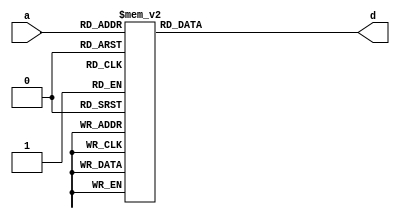
`timescale 1ns / 1ps
//////////////////////////////////////////////////////////////////////////////////
// Company: 
// Engineer: 
// 
// Design Name: 
// Module Name:    invsbox 
// Project Name: 
// Target Devices: 
// Tool versions: 
// Description: inverse sbox module
//
// Dependencies: 
//
// Revision: 
// Revision 0.01 - File Created
// Additional Comments: 
//
//////////////////////////////////////////////////////////////////////////////////
module invsbox(a,d);
input	[7:0]	a;
output	[7:0]	d;
reg	[7:0]	d;

always @(a)
	case(a)		// synopsys full_case parallel_case
	   8'h00: d=8'h52;
	   8'h01: d=8'h09;
	   8'h02: d=8'h6a;
	   8'h03: d=8'hd5;
	   8'h04: d=8'h30;
	   8'h05: d=8'h36;
	   8'h06: d=8'ha5;
	   8'h07: d=8'h38;
	   8'h08: d=8'hbf;
	   8'h09: d=8'h40;
	   8'h0a: d=8'ha3;
	   8'h0b: d=8'h9e;
	   8'h0c: d=8'h81;
	   8'h0d: d=8'hf3;
	   8'h0e: d=8'hd7;
	   8'h0f: d=8'hfb;
	   8'h10: d=8'h7c;
	   8'h11: d=8'he3;
	   8'h12: d=8'h39;
	   8'h13: d=8'h82;
	   8'h14: d=8'h9b;
	   8'h15: d=8'h2f;
	   8'h16: d=8'hff;
	   8'h17: d=8'h87;
	   8'h18: d=8'h34;
	   8'h19: d=8'h8e;
	   8'h1a: d=8'h43;
	   8'h1b: d=8'h44;
	   8'h1c: d=8'hc4;
	   8'h1d: d=8'hde;
	   8'h1e: d=8'he9;
	   8'h1f: d=8'hcb;
	   8'h20: d=8'h54;
	   8'h21: d=8'h7b;
	   8'h22: d=8'h94;
	   8'h23: d=8'h32;
	   8'h24: d=8'ha6;
	   8'h25: d=8'hc2;
	   8'h26: d=8'h23;
	   8'h27: d=8'h3d;
	   8'h28: d=8'hee;
	   8'h29: d=8'h4c;
	   8'h2a: d=8'h95;
	   8'h2b: d=8'h0b;
	   8'h2c: d=8'h42;
	   8'h2d: d=8'hfa;
	   8'h2e: d=8'hc3;
	   8'h2f: d=8'h4e;
	   8'h30: d=8'h08;
	   8'h31: d=8'h2e;
	   8'h32: d=8'ha1;
	   8'h33: d=8'h66;
	   8'h34: d=8'h28;
	   8'h35: d=8'hd9;
	   8'h36: d=8'h24;
	   8'h37: d=8'hb2;
	   8'h38: d=8'h76;
	   8'h39: d=8'h5b;
	   8'h3a: d=8'ha2;
	   8'h3b: d=8'h49;
	   8'h3c: d=8'h6d;
	   8'h3d: d=8'h8b;
	   8'h3e: d=8'hd1;
	   8'h3f: d=8'h25;
	   8'h40: d=8'h72;
	   8'h41: d=8'hf8;
	   8'h42: d=8'hf6;
	   8'h43: d=8'h64;
	   8'h44: d=8'h86;
	   8'h45: d=8'h68;
	   8'h46: d=8'h98;
	   8'h47: d=8'h16;
	   8'h48: d=8'hd4;
	   8'h49: d=8'ha4;
	   8'h4a: d=8'h5c;
	   8'h4b: d=8'hcc;
	   8'h4c: d=8'h5d;
	   8'h4d: d=8'h65;
	   8'h4e: d=8'hb6;
	   8'h4f: d=8'h92;
	   8'h50: d=8'h6c;
	   8'h51: d=8'h70;
	   8'h52: d=8'h48;
	   8'h53: d=8'h50;
	   8'h54: d=8'hfd;
	   8'h55: d=8'hed;
	   8'h56: d=8'hb9;
	   8'h57: d=8'hda;
	   8'h58: d=8'h5e;
	   8'h59: d=8'h15;
	   8'h5a: d=8'h46;
	   8'h5b: d=8'h57;
	   8'h5c: d=8'ha7;
	   8'h5d: d=8'h8d;
	   8'h5e: d=8'h9d;
	   8'h5f: d=8'h84;
	   8'h60: d=8'h90;
	   8'h61: d=8'hd8;
	   8'h62: d=8'hab;
	   8'h63: d=8'h00;
	   8'h64: d=8'h8c;
	   8'h65: d=8'hbc;
	   8'h66: d=8'hd3;
	   8'h67: d=8'h0a;
	   8'h68: d=8'hf7;
	   8'h69: d=8'he4;
	   8'h6a: d=8'h58;
	   8'h6b: d=8'h05;
	   8'h6c: d=8'hb8;
	   8'h6d: d=8'hb3;
	   8'h6e: d=8'h45;
	   8'h6f: d=8'h06;
	   8'h70: d=8'hd0;
	   8'h71: d=8'h2c;
	   8'h72: d=8'h1e;
	   8'h73: d=8'h8f;
	   8'h74: d=8'hca;
	   8'h75: d=8'h3f;
	   8'h76: d=8'h0f;
	   8'h77: d=8'h02;
	   8'h78: d=8'hc1;
	   8'h79: d=8'haf;
	   8'h7a: d=8'hbd;
	   8'h7b: d=8'h03;
	   8'h7c: d=8'h01;
	   8'h7d: d=8'h13;
	   8'h7e: d=8'h8a;
	   8'h7f: d=8'h6b;
	   8'h80: d=8'h3a;
	   8'h81: d=8'h91;
	   8'h82: d=8'h11;
	   8'h83: d=8'h41;
	   8'h84: d=8'h4f;
	   8'h85: d=8'h67;
	   8'h86: d=8'hdc;
	   8'h87: d=8'hea;
	   8'h88: d=8'h97;
	   8'h89: d=8'hf2;
	   8'h8a: d=8'hcf;
	   8'h8b: d=8'hce;
	   8'h8c: d=8'hf0;
	   8'h8d: d=8'hb4;
	   8'h8e: d=8'he6;
	   8'h8f: d=8'h73;
	   8'h90: d=8'h96;
	   8'h91: d=8'hac;
	   8'h92: d=8'h74;
	   8'h93: d=8'h22;
	   8'h94: d=8'he7;
	   8'h95: d=8'had;
	   8'h96: d=8'h35;
	   8'h97: d=8'h85;
	   8'h98: d=8'he2;
	   8'h99: d=8'hf9;
	   8'h9a: d=8'h37;
	   8'h9b: d=8'he8;
	   8'h9c: d=8'h1c;
	   8'h9d: d=8'h75;
	   8'h9e: d=8'hdf;
	   8'h9f: d=8'h6e;
	   8'ha0: d=8'h47;
	   8'ha1: d=8'hf1;
	   8'ha2: d=8'h1a;
	   8'ha3: d=8'h71;
	   8'ha4: d=8'h1d;
	   8'ha5: d=8'h29;
	   8'ha6: d=8'hc5;
	   8'ha7: d=8'h89;
	   8'ha8: d=8'h6f;
	   8'ha9: d=8'hb7;
	   8'haa: d=8'h62;
	   8'hab: d=8'h0e;
	   8'hac: d=8'haa;
	   8'had: d=8'h18;
	   8'hae: d=8'hbe;
	   8'haf: d=8'h1b;
	   8'hb0: d=8'hfc;
	   8'hb1: d=8'h56;
	   8'hb2: d=8'h3e;
	   8'hb3: d=8'h4b;
	   8'hb4: d=8'hc6;
	   8'hb5: d=8'hd2;
	   8'hb6: d=8'h79;
	   8'hb7: d=8'h20;
	   8'hb8: d=8'h9a;
	   8'hb9: d=8'hdb;
	   8'hba: d=8'hc0;
	   8'hbb: d=8'hfe;
	   8'hbc: d=8'h78;
	   8'hbd: d=8'hcd;
	   8'hbe: d=8'h5a;
	   8'hbf: d=8'hf4;
	   8'hc0: d=8'h1f;
	   8'hc1: d=8'hdd;
	   8'hc2: d=8'ha8;
	   8'hc3: d=8'h33;
	   8'hc4: d=8'h88;
	   8'hc5: d=8'h07;
	   8'hc6: d=8'hc7;
	   8'hc7: d=8'h31;
	   8'hc8: d=8'hb1;
	   8'hc9: d=8'h12;
	   8'hca: d=8'h10;
	   8'hcb: d=8'h59;
	   8'hcc: d=8'h27;
	   8'hcd: d=8'h80;
	   8'hce: d=8'hec;
	   8'hcf: d=8'h5f;
	   8'hd0: d=8'h60;
	   8'hd1: d=8'h51;
	   8'hd2: d=8'h7f;
	   8'hd3: d=8'ha9;
	   8'hd4: d=8'h19;
	   8'hd5: d=8'hb5;
	   8'hd6: d=8'h4a;
	   8'hd7: d=8'h0d;
	   8'hd8: d=8'h2d;
	   8'hd9: d=8'he5;
	   8'hda: d=8'h7a;
	   8'hdb: d=8'h9f;
	   8'hdc: d=8'h93;
	   8'hdd: d=8'hc9;
	   8'hde: d=8'h9c;
	   8'hdf: d=8'hef;
	   8'he0: d=8'ha0;
	   8'he1: d=8'he0;
	   8'he2: d=8'h3b;
	   8'he3: d=8'h4d;
	   8'he4: d=8'hae;
	   8'he5: d=8'h2a;
	   8'he6: d=8'hf5;
	   8'he7: d=8'hb0;
	   8'he8: d=8'hc8;
	   8'he9: d=8'heb;
	   8'hea: d=8'hbb;
	   8'heb: d=8'h3c;
	   8'hec: d=8'h83;
	   8'hed: d=8'h53;
	   8'hee: d=8'h99;
	   8'hef: d=8'h61;
	   8'hf0: d=8'h17;
	   8'hf1: d=8'h2b;
	   8'hf2: d=8'h04;
	   8'hf3: d=8'h7e;
	   8'hf4: d=8'hba;
	   8'hf5: d=8'h77;
	   8'hf6: d=8'hd6;
	   8'hf7: d=8'h26;
	   8'hf8: d=8'he1;
	   8'hf9: d=8'h69;
	   8'hfa: d=8'h14;
	   8'hfb: d=8'h63;
	   8'hfc: d=8'h55;
	   8'hfd: d=8'h21;
	   8'hfe: d=8'h0c;
	   8'hff: d=8'h7d;
	endcase
endmodule